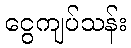
ငွေကျပ်သန်း